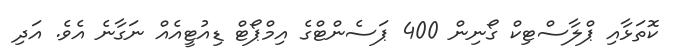
ކޮތަޅާއި ޕްލާސްޓިކް ގޯނިން 400 ޕަސެންޓްގެ އިމްޕޯޓް ޑިއުޓީއެއް ނަގާނެ އެވެ. އަދި